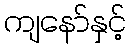
ကျနော်နှင့်